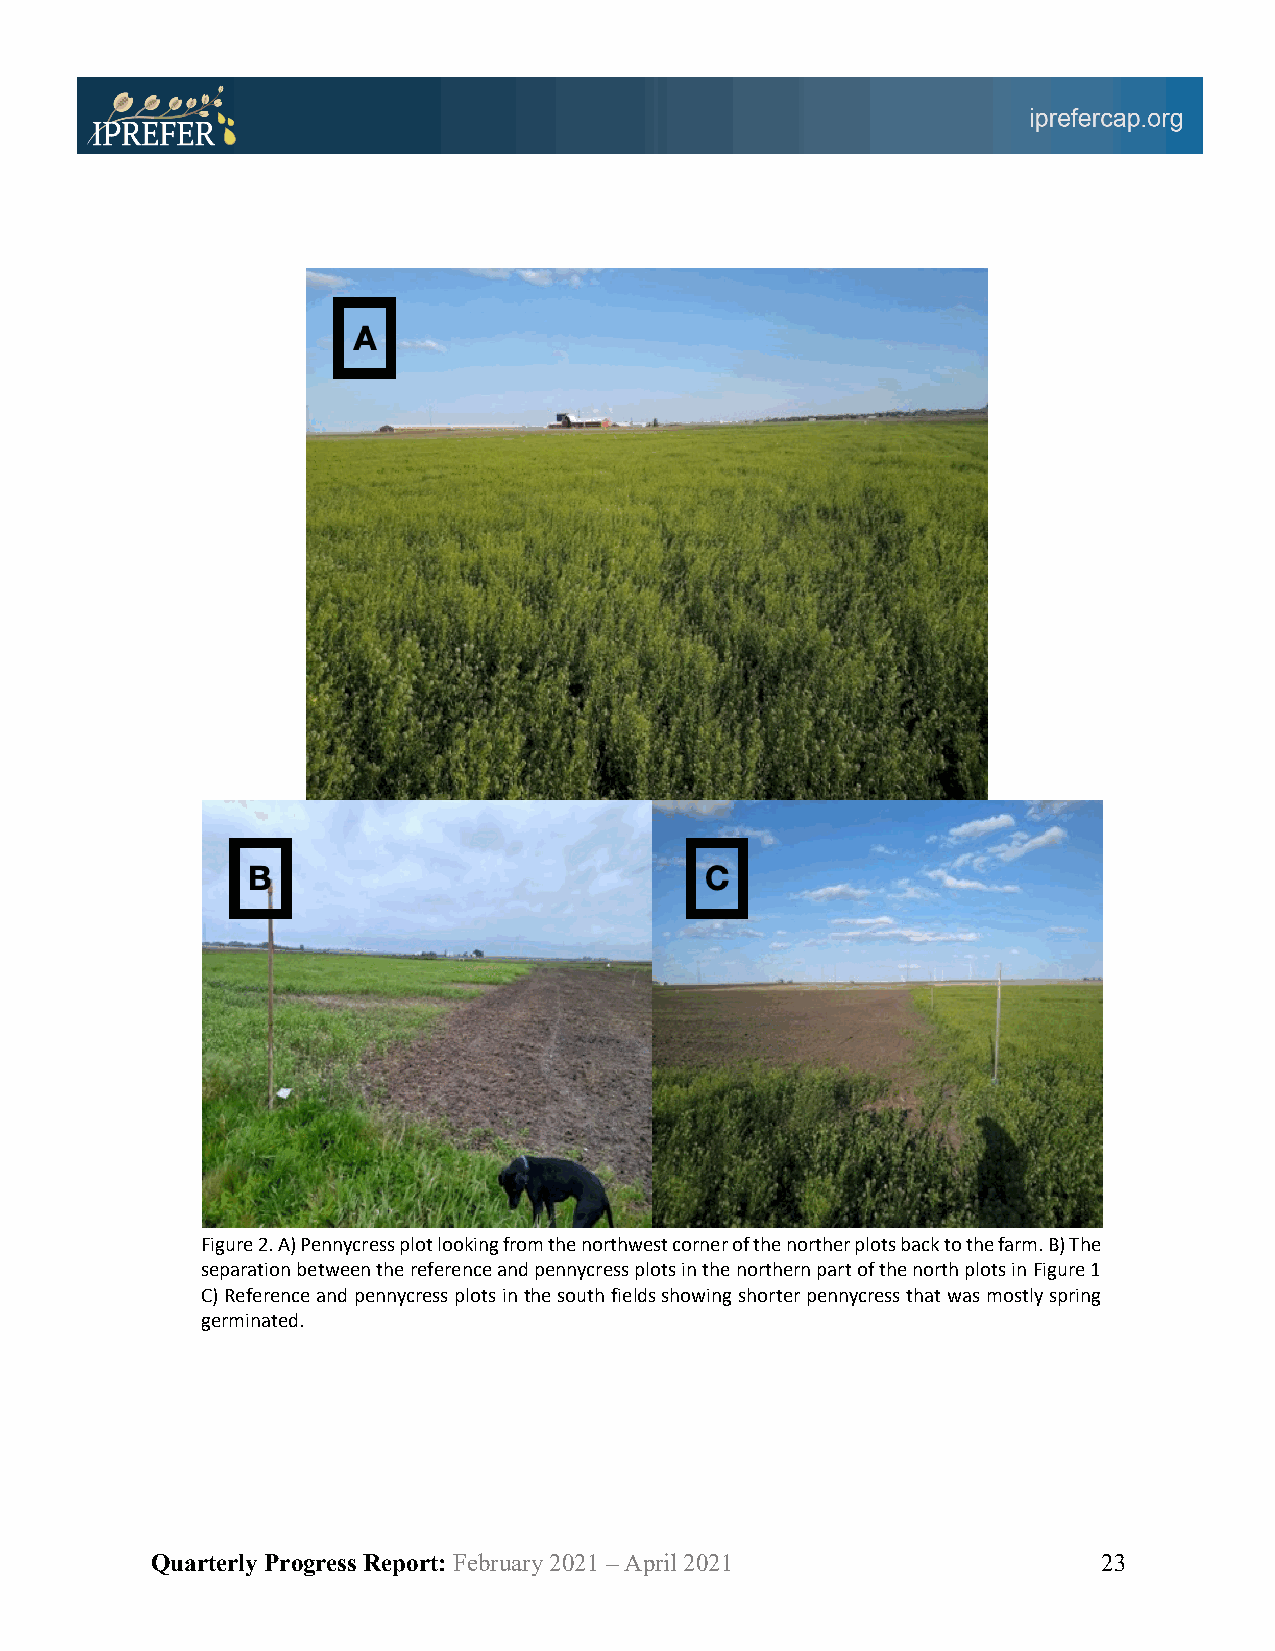
Figure 2. A) Pennycress plot looking from the northwest corner of the norther plots back to the farm. B) The
 separation between the reference and pennycress plots in the northern part of the north plots in Figure 1
 C) Reference and pennycress plots in the south fields showing shorter pennycress that was mostly spring
 germinated.
 Quarterly Progress Report: February 2021 – April 2021          23